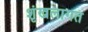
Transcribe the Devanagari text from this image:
शृंखलागत